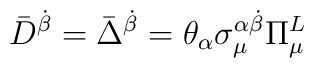
\bar{D}^{\dot{\beta}} = \bar{\Delta}^{\dot{\beta}} = \theta_{\alpha} \sigma_{\mu}^{\alpha \dot{\beta}} \Pi_{\mu}^{L}